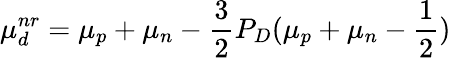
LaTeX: \mu_{d}^{nr}=\mu_{p}+\mu_{n}-\frac{3}{2}P_{D}(\mu_{p}+\mu_{n}-\frac{1}{2})